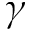
\gamma